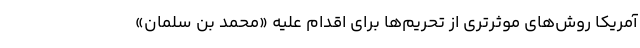
آمریکا روش‌های موثرتری از تحریم‌ها برای اقدام علیه «محمد بن سلمان»